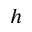
h